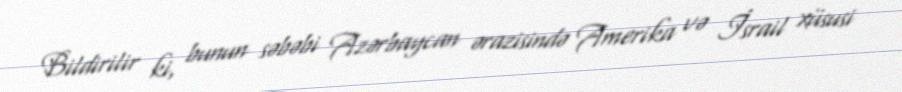
Bildirilir ki, bunun səbəbi Azərbaycan ərazisində Amerika və İsrail xüsusi